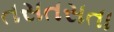
તસતસતા